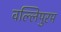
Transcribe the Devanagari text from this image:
वल्लिपुरम